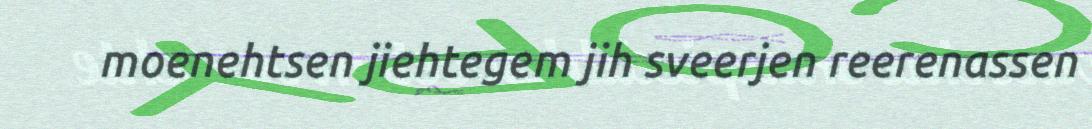
moenehtsen jiehtegem jih sveerjen reerenassen